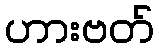
ဟားဗတ်